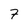
Character: 7